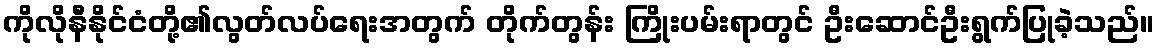
ကိုလိုနီနိုင်ငံတို့၏လွတ်လပ်ရေးအတွက် တိုက်တွန်း ကြိုးပမ်းရာတွင် ဦးဆောင်ဦးရွက်ပြုခဲ့သည်။